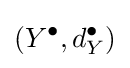
(Y^{\bullet },d_{Y}^{\bullet })